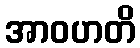
အာဝဟတိ